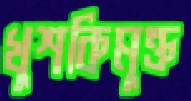
খুশকিমুক্ত